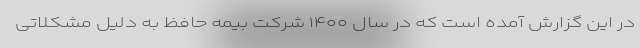
در این گزارش آمده است که در سال ۱۴۰۰ شرکت بیمه حافظ به دلیل مشکلاتی